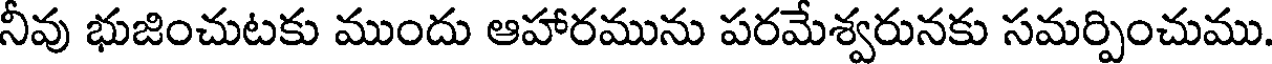
నీవు భుజించుటకు ముందు ఆహారమును పరమేశ్వరునకు సమర్పించుము